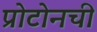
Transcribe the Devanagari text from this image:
प्रोटोनची